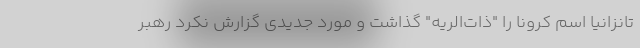
تانزانیا اسم کرونا را "ذات‌الریه" گذاشت و مورد جدیدی گزارش نکرد رهبر